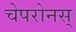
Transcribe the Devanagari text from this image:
चेपरोनस्